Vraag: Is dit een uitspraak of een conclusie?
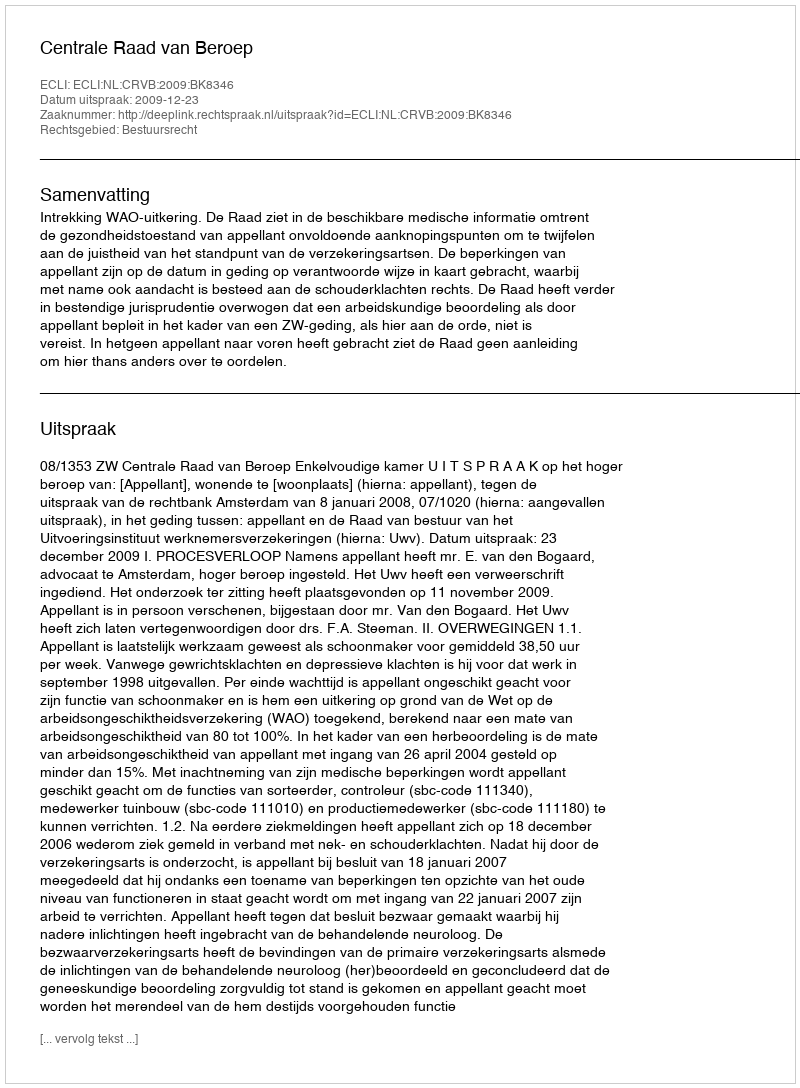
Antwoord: Uitspraak